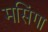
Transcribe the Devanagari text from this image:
मसिंगा